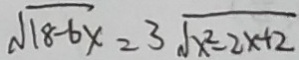
\sqrt { 1 8 - 6 x } = 3 \sqrt { x ^ { 2 } - 2 x + 2 }